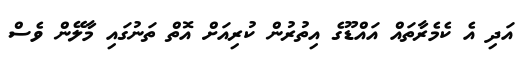
އަދި އެ ކެމެރާތައް އައްޑޫގެ އިތުރުން ކުރިއަށް އޮތް ތަނުގައި މާލޭން ވެސް